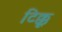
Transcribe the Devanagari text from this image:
टिक्कू